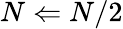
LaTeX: N\Leftarrow N/2